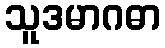
သူဒမာဂဓာ